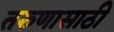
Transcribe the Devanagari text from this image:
तरुणासाठी